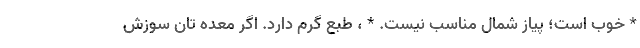
* خوب است؛ پیاز شمال مناسب نیست. * ، طبع گرم دارد. اگر معده تان سوزش